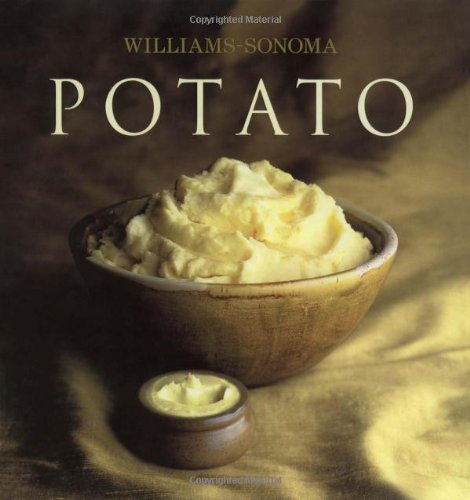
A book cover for Williams-Sonoma Collection: Potato; Selma Brown Morrow; Cookbooks, Food & Wine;